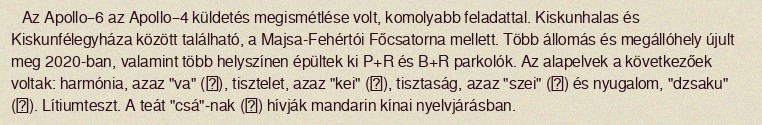
Az Apollo–6 az Apollo–4 küldetés megismétlése volt, komolyabb feladattal. Kiskunhalas és Kiskunfélegyháza között található, a Majsa-Fehértói Főcsatorna mellett. Több állomás és megállóhely újult meg 2020-ban, valamint több helyszínen épültek ki P+R és B+R parkolók. Az alapelvek a következőek voltak: harmónia, azaz "va" (和), tisztelet, azaz "kei" (敬), tisztaság, azaz "szei" (清) és nyugalom, "dzsaku" (寂). Lítiumteszt. A teát "csá"-nak (茶) hívják mandarin kínai nyelvjárásban.